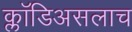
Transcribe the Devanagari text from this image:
क्लॉडिअसलाच